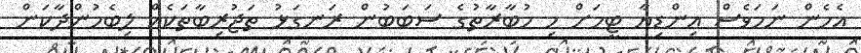
އެހެން ނަމަވެސް އިންޑިޔާ ޓީމަށް މި މުބާރާތުގެ ސަބަބުން ރަނގަޅު ތަޖުރިބާތަކެއް ލިބެމުންދާކަން